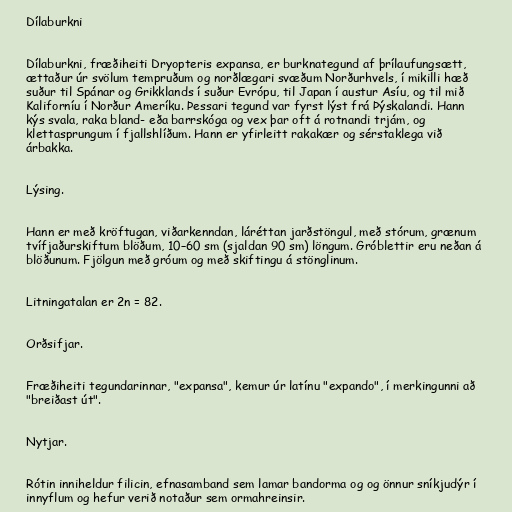
Dílaburkni

Dílaburkni, fræðiheiti Dryopteris expansa, er burknategund af þrílaufungsætt,
ættaður úr svölum tempruðum og norðlægari svæðum Norðurhvels, í mikilli hæð
suður til Spánar og Grikklands í suður Evrópu, til Japan í austur Asíu, og til mið
Kaliforníu í Norður Ameríku. Þessari tegund var fyrst lýst frá Þýskalandi. Hann
kýs svala, raka bland- eða barrskóga og vex þar oft á rotnandi trjám, og
klettasprungum í fjallshlíðum. Hann er yfirleitt rakakær og sérstaklega við
árbakka.

Lýsing.

Hann er með kröftugan, viðarkenndan, láréttan jarðstöngul, með stórum, grænum
tvífjaðurskiftum blöðum, 10–60 sm (sjaldan 90 sm) löngum. Gróblettir eru neðan á
blöðunum. Fjölgun með gróum og með skiftingu á stönglinum.

Litningatalan er 2n = 82.

Orðsifjar.

Fræðiheiti tegundarinnar, "expansa", kemur úr latínu "expando", í merkingunni að
"breiðast út".

Nytjar.

Rótin inniheldur filicin, efnasamband sem lamar bandorma og og önnur sníkjudýr í
innyflum og hefur verið notaður sem ormahreinsir.